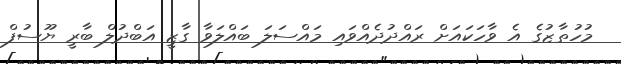
މުހުތާޒުގެ އެ ވާހަކައަށް ރައްދުދެއްވައި މައްސަލަ ބައްލަވާ ގާޒީ އަބްދުލް ބާރީ ޔޫސުފް